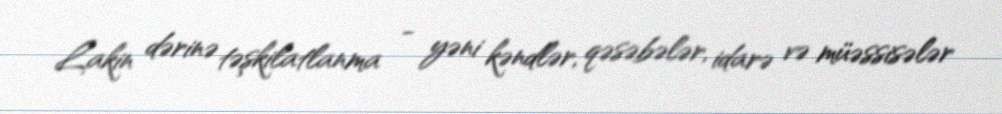
Lakin dərinə təşkilatlanma - yəni kəndlər, qəsəbələr, idarə və müəssisələr